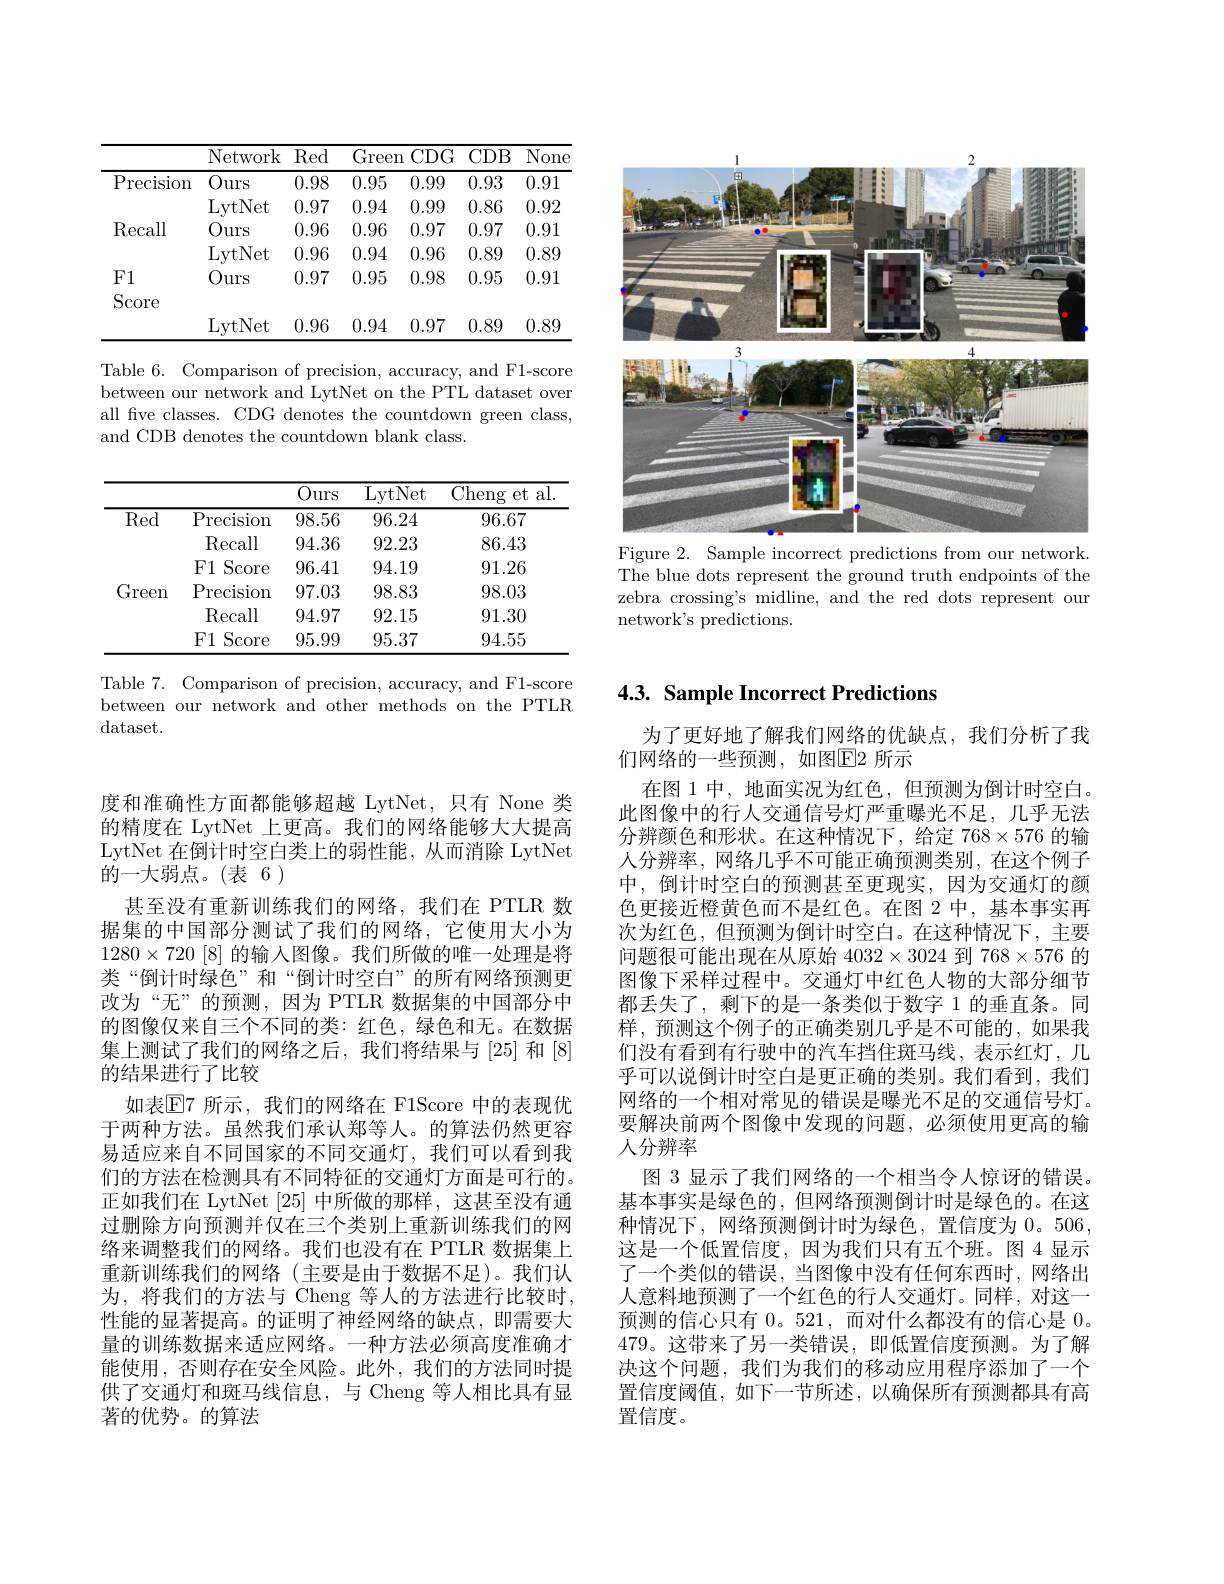
<FigureHere>
Figure 2. Sample incorrect predictions from our network.

The blue dots represent the ground truth endpoints of the zebra crossing's midline, and the red dots represent our network's predictions.

<table>
	<tbody>
		<tr>
			<th> </th>
			<th>Network</th>
			<th>Red</th>
			<th>Greer</th>
			<th>CDG 1</th>
			<th>CDB</th>
			<th>$\overline{\mathrm{None}}$</th>
		</tr>
		<tr>
			<td rowspan="2">Precision</td>
			<td>Ours</td>
			<td>0.98</td>
			<td>0.95</td>
			<td>0.99</td>
			<td>0.93</td>
			<td>0.91</td>
		</tr>
		<tr>
			<td>LytNet</td>
			<td>0.97</td>
			<td>0.94</td>
			<td>0.99</td>
			<td>0.86</td>
			<td>0.92</td>
		</tr>
		<tr>
			<td rowspan="2">Recall</td>
			<td>Ours</td>
			<td>0.96</td>
			<td>0.96</td>
			<td>0.97</td>
			<td>0.97</td>
			<td>0.91</td>
		</tr>
		<tr>
			<td>LytNet</td>
			<td>0.96</td>
			<td>0.94</td>
			<td>0.96</td>
			<td>0.89</td>
			<td>0.89</td>
		</tr>
		<tr>
			<td>$F1$</td>
			<td>Ours</td>
			<td>0.97</td>
			<td>0.95</td>
			<td>0.98</td>
			<td>0.95</td>
			<td>0.91</td>
		</tr>
		<tr>
			<td rowspan="1">$\textbf{L}\bot$ Score</td>
			<td>LytNet</td>
			<td>0.96</td>
			<td>0.94</td>
			<td>0.97</td>
			<td>0.89</td>
			<td>0.89</td>
		</tr>
	</tbody>
</table>

Table 6. Comparison of precision, accuracy, and F1-score between our network and LytNet on the PTL dataset over all five classes. CDG denotes the countdown green class, and CDB denotes the countdown blank class.

<table>
	<tbody>
		<tr>
			<th> </th>
			<th> </th>
			<th>$\overline{\mathrm{Ours}}$</th>
			<th>LytNet</th>
			<th>Cheng $et:$ al </th>
		</tr>
		<tr>
			<td rowspan="3">$\overline{\mathrm{Red}}$</td>
			<td>Precision</td>
			<td>98.56</td>
			<td>96.24</td>
			<td>96.67</td>
		</tr>
		<tr>
			<td>Recall</td>
			<td>94.36</td>
			<td>92.23</td>
			<td>86.43</td>
		</tr>
		<tr>
			<td>F1 Score</td>
			<td>96.41</td>
			<td>94.19</td>
			<td>91.26</td>
		</tr>
		<tr>
			<td rowspan="3">Green</td>
			<td>Precision</td>
			<td>97.03</td>
			<td>98.83</td>
			<td>98.03</td>
		</tr>
		<tr>
			<td>Recall</td>
			<td>94.97</td>
			<td>92.15</td>
			<td>91.30</td>
		</tr>
		<tr>
			<td>$F1$ Score</td>
			<td>95.99</td>
			<td>95.37</td>
			<td>94.55</td>
		</tr>
	</tbody>
</table>

Table 7. Comparison of precision, accuracy, and F1-score between our network and other methods on the PTLR dataset.

度和准确性方面都能够超越 LytNet,只有 None 类的精度在 LytNet 上更高。我们的网络能够大大提高LytNet 在倒计时空白类上的弱性能，从而消除 LytNet 的一大弱点。(表 6)
甚至没有重新训练我们的网络，我们在 PTLR 数据集的中国部分测试了我们的网络，它使用大小为$1280\times720$ [8] 的输入图像。我们所做的唯一处理是将类“倒计时绿色”和“倒计时空白”的所有网络预测更改为“无”的预测，因为 PTLR 数据集的中国部分中的图像仅来自三个不同的类：红色，绿色和无。在数据集上测试了我们的网络之后，我们将结果与[25] 和[8] 的结果进行了比较
如表$\mathbb{E}$7 所示，我们的网络在 F1Score 中的表现优于两种方法。虽然我们承认郑等人。的算法仍然更容易适应来自不同国家的不同交通灯，我们可以看到我们的方法在检测具有不同特征的交通灯方面是可行的。正如我们在 LytNet [25]中所做的那样，这甚至没有通过删除方向预测并仅在三个类别上重新训练我们的网络来调整我们的网络。我们也没有在 PTLR 数据集上重新训练我们的网络(主要是由于数据不足)。我们认为，将我们的方法与 Cheng 等人的方法进行比较时， 性能的显著提高。的证明了神经网络的缺点，即需要大量的训练数据来适应网络。一种方法必须高度准确才能使用，否则存在安全风险。此外，我们的方法同时提供了交通灯和斑马线信息，与 Cheng 等人相比具有显著的优势。的算法

# 4.3. Sample Incorrect Predictions

为了更好地了解我们网络的优缺点，我们分析了我
们网络的一些预测，如图E2 所示
在图 1 中，地面实况为红色，但预测为倒计时空白。此图像中的行人交通信号灯严重曝光不足，几乎无法分辨颜色和形状。在这种情况下，给定 768$\times576$的输人分辨率，网络几乎不可能正确预测类别，在这个例子中，倒计时空白的预测甚至更现实，因为交通灯的颜色更接近橙黄色而不是红色。在图 2 中，基本事实再次为红色，但预测为倒计时空白。在这种情况下，主要问题很可能出现在从原始 4032$\times3024$到 768$\times576$的图像下采样过程中。交通灯中红色人物的大部分细节都丢失了，剩下的是一条类似于数字 1 的垂直条。同样，预测这个例子的正确类别几乎是不可能的，如果我们没有看到有行驶中的汽车挡住斑马线，表示红灯，几乎可以说倒计时空白是更正确的类别。我们看到，我们网络的一个相对常见的错误是曝光不足的交通信号灯。要解决前两个图像中发现的问题，必须使用更高的输人分辨率
图 3 显示了我们网络的一个相当令人惊讶的错误。基本事实是绿色的，但网络预测倒计时是绿色的。在这种情况下，网络预测倒计时为绿色，置信度为 0。506, 这是一个低置信度，因为我们只有五个班。图4显示了一个类似的错误，当图像中没有任何东西时，网络出人意料地预测了一个红色的行人交通灯。同样，对这一预测的信心只有0。521,而对什么都没有的信心是0。479。这带来了另一类错误，即低置信度预测。为了解决这个问题，我们为我们的移动应用程序添加了一个置信度阈值，如下一节所述，以确保所有预测都具有高置信度。